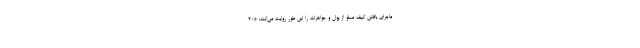
ماجرای یافتن کیف مملو از پول و جواهرات را این طور روایت می‌کند: «۲۰